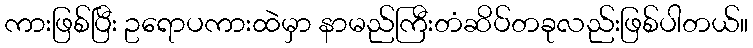
ကားဖြစ်ပြီး ဥရောပကားထဲမှာ နာမည်ကြီးတံဆိပ်တခုလည်းဖြစ်ပါတယ်။